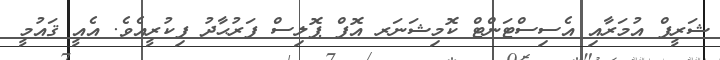
ޝަރީފް އުމަރާއި އެސިސްޓަންޓް ކޮމިޝަނަރ އޮފް ޕޮލިސް ފަރުޙާދު ފިކުރީއެވެ. އެއީ ޤައުމީ